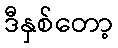
ဒီနှစ်တော့